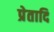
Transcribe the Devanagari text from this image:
प्रेतादि